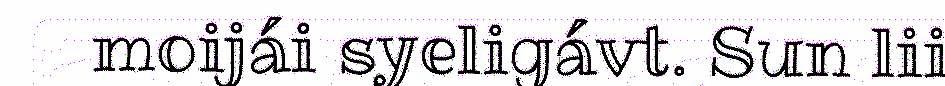
moijái syeligávt. Sun lii